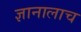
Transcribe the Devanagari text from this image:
ज्ञानालाच